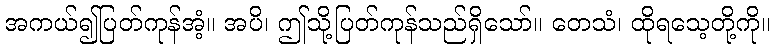
အကယ်၍ပြတ်ကုန်အံ့။ အပိ၊ ဤသို့ပြတ်ကုန်သည်ရှိသော်။ တေသံ၊ ထိုရသေ့တို့ကို။